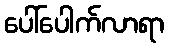
ပေါ်ပေါက်လာရာ